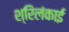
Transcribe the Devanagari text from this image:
श्रिलंकाई